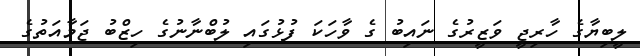
ލީބިޔާގެ ހާރިޖީ ވަޒީރުގެ ނައިބު ގެ ވާހަކަ ފުޅުގައި ލުބްނާނުގެ ހިޒްބު ޖަމާއަތުގެ